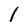
Character: l